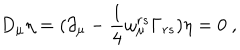
LaTeX: D _ { \mu } \eta = ( \partial _ { \mu } - \frac { 1 } { 4 } \omega _ { \mu } ^ { r s } \Gamma _ { r s } ) \eta = 0 ~ ,